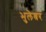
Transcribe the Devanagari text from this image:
भुलेश्रर